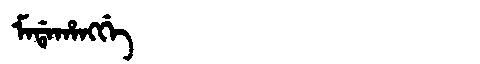
Manchu: ᠮᠠᡩᠠᡥᠠᠩᡤᡝ
Romanization: MADAHANGGE